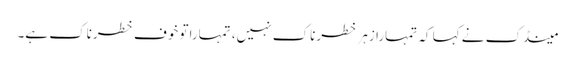
مینڈک نے کہا کہ تمہارا زہر خطرناک نہیں، تمہاراتو خوف خطرناک ہے۔